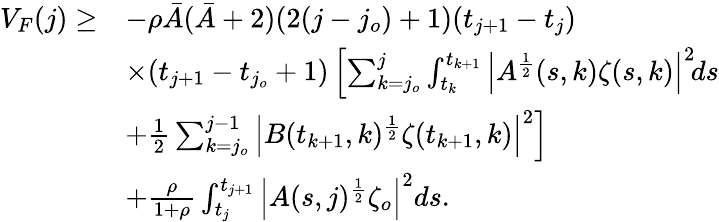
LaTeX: \begin{array}{rl}{V_{F}(j)\geq}&{-\rho\bar{A}(\bar{A}+2)(2(j-j_{o})+1)(t_{j+1}-t_{j})}\\ &{\times(t_{j+1}-t_{j_{o}}+1)\left[\sum_{k=j_{o}}^{j}\int_{t_{k}}^{t_{k+1}}\left|A^{\frac{1}{2}}(s,k)\zeta(s,k)\right|^{2}\! ds\right.}\\ &{\left.+\frac{1}{2}\sum_{k=j_{o}}^{j-1}\left|B(t_{k+1},k)^{\frac{1}{2}}\zeta(t_{k+1},k)\right|^{2}\right]}\\ &{+\frac{\rho}{1+\rho}\int_{t_{j}}^{t_{j+1}}\left|A(s,j)^{\frac{1}{2}}\zeta_{o}\right|^{2}ds.}\end{array}